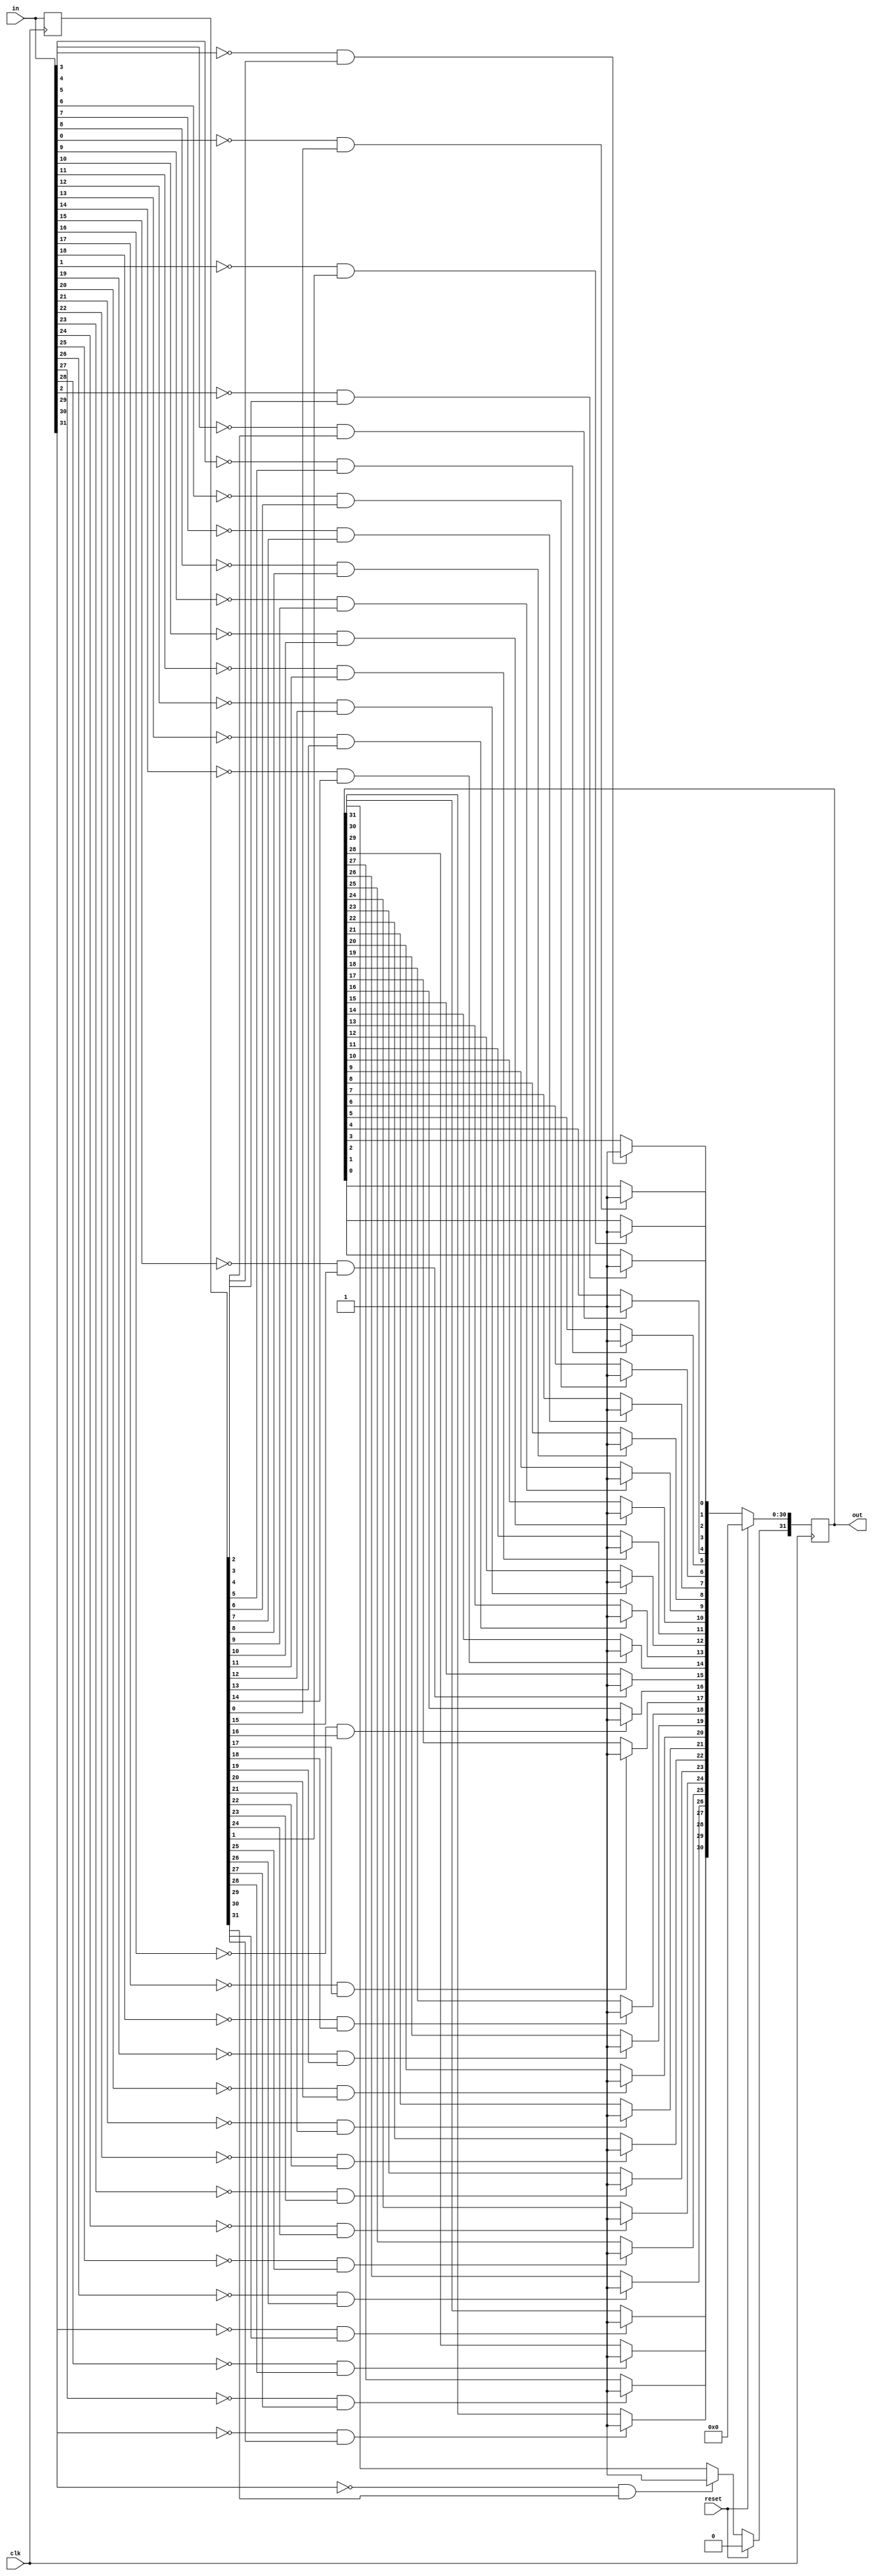
module top_module (
    input clk,
    input reset,
    input [31:0] in,
    output [31:0] out
);
    reg [31:0] in_p;
    integer i;
    //sync reset, negedge capture (detect and stay at 1 till reset)
    //delay input and check for input =0 and in_p =1
    always@(posedge clk) begin
        in_p <= in;
        //iterate all bits of input
        for(i=0;i<32;i=i+1) begin
            //sync reset
            if(reset)
                out=0;
            else begin
            	if(in[i]==0 && in_p[i]==1)
                	out[i]=1;
                else
                    out[i]=out[i];
            end
        end
    end
       
endmodule